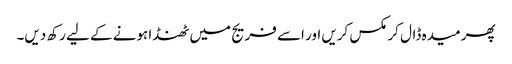
پھر میدہ ڈال کر مکس کریں اور اسے فریج میں ٹھنڈا ہونے کے لیے رکھ دیں۔